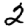
Digit: 2